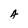
Character: A